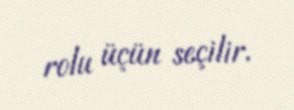
rolu üçün seçilir.